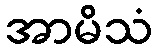
အာမိသံ